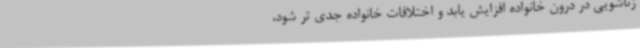
زناشویی در درون خانواده افزایش یابد و اختلافات خانواده جدی تر شود،